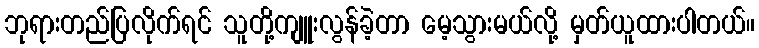
ဘုရားတည်ပြလိုက်ရင် သူတို့ကျူးလွန်ခဲ့တာ မေ့သွားမယ်လို့ မှတ်ယူထားပါတယ်။